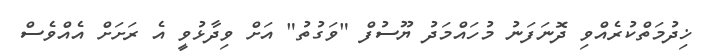
ޚިދުމަތްކުރެއްވި ދޮނަފަނު މުހައްމަދު ޔޫސުފް "ވަގުތު" އަށް ވިދާޅުވީ އެ ރަށަށް އެއްވެސް